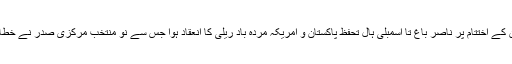
کنونشن کے اختتام پر ناصر باغ تا اسمبلی ہال تحفظ پاکستان و امریکہ مردہ باد ریلی کا انعقاد ہوا جس سے نو منتخب مرکزی صدر نے خطاب کیا۔